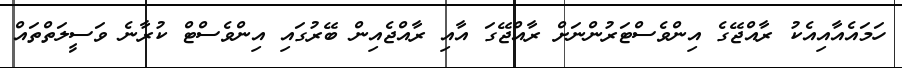
ހަމައެއާއިއެކު ރާއްޖޭގެ އިންވެސްޓަރުންނަށް ރާއްޖޭގަ އާއި ރާއްޖެއިން ބޭރުގައި އިންވެސްޓް ކުރާނެ ވަސީލަތްތައް